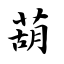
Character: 葫